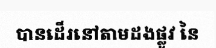
បានដើរនៅតាមដងផ្លូវ នៃ